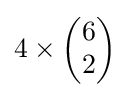
4\times {\begin{pmatrix}6\\2\end{pmatrix}}